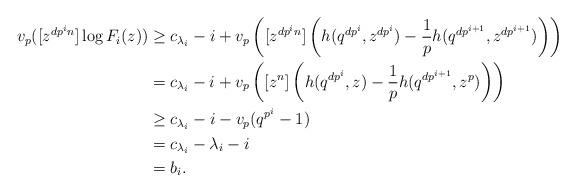
LaTeX: \begin{align*}v_p([z^{dp^{i}n}]\log F_i(z))&\geq c_{\lambda_i}-i+v_p\left([z^{dp^{i}n}]\left(h(q^{dp^i},z^{dp^i})-\frac{1}{p}h(q^{dp^{i+1}},z^{dp^{i+1}})\right)\right)\\&=c_{\lambda_i}-i+v_p\left([z^n]\left(h(q^{dp^{i}},z)-\frac{1}{p}h(q^{dp^{i+1}},z^p)\right)\right)\\&\geq c_{\lambda_i}-i-v_p(q^{p^{i}}-1)\\&=c_{\lambda_i}-\lambda_i-i\\&=b_i.\end{align*}